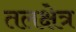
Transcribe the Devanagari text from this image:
तलक्षेत्र